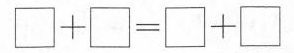
$$\Box + \Box = \Box + \Box$$